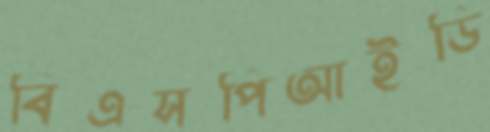
বিএসপিআইডি